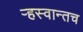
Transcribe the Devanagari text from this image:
ऱ्हस्वान्तच